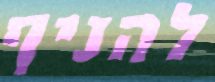
להניף